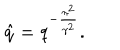
{ \hat { q } } = q ^ { - \frac { { \pi } ^ { 2 } } { { \gamma } ^ { 2 } } } .